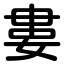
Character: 婁